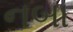
નબા